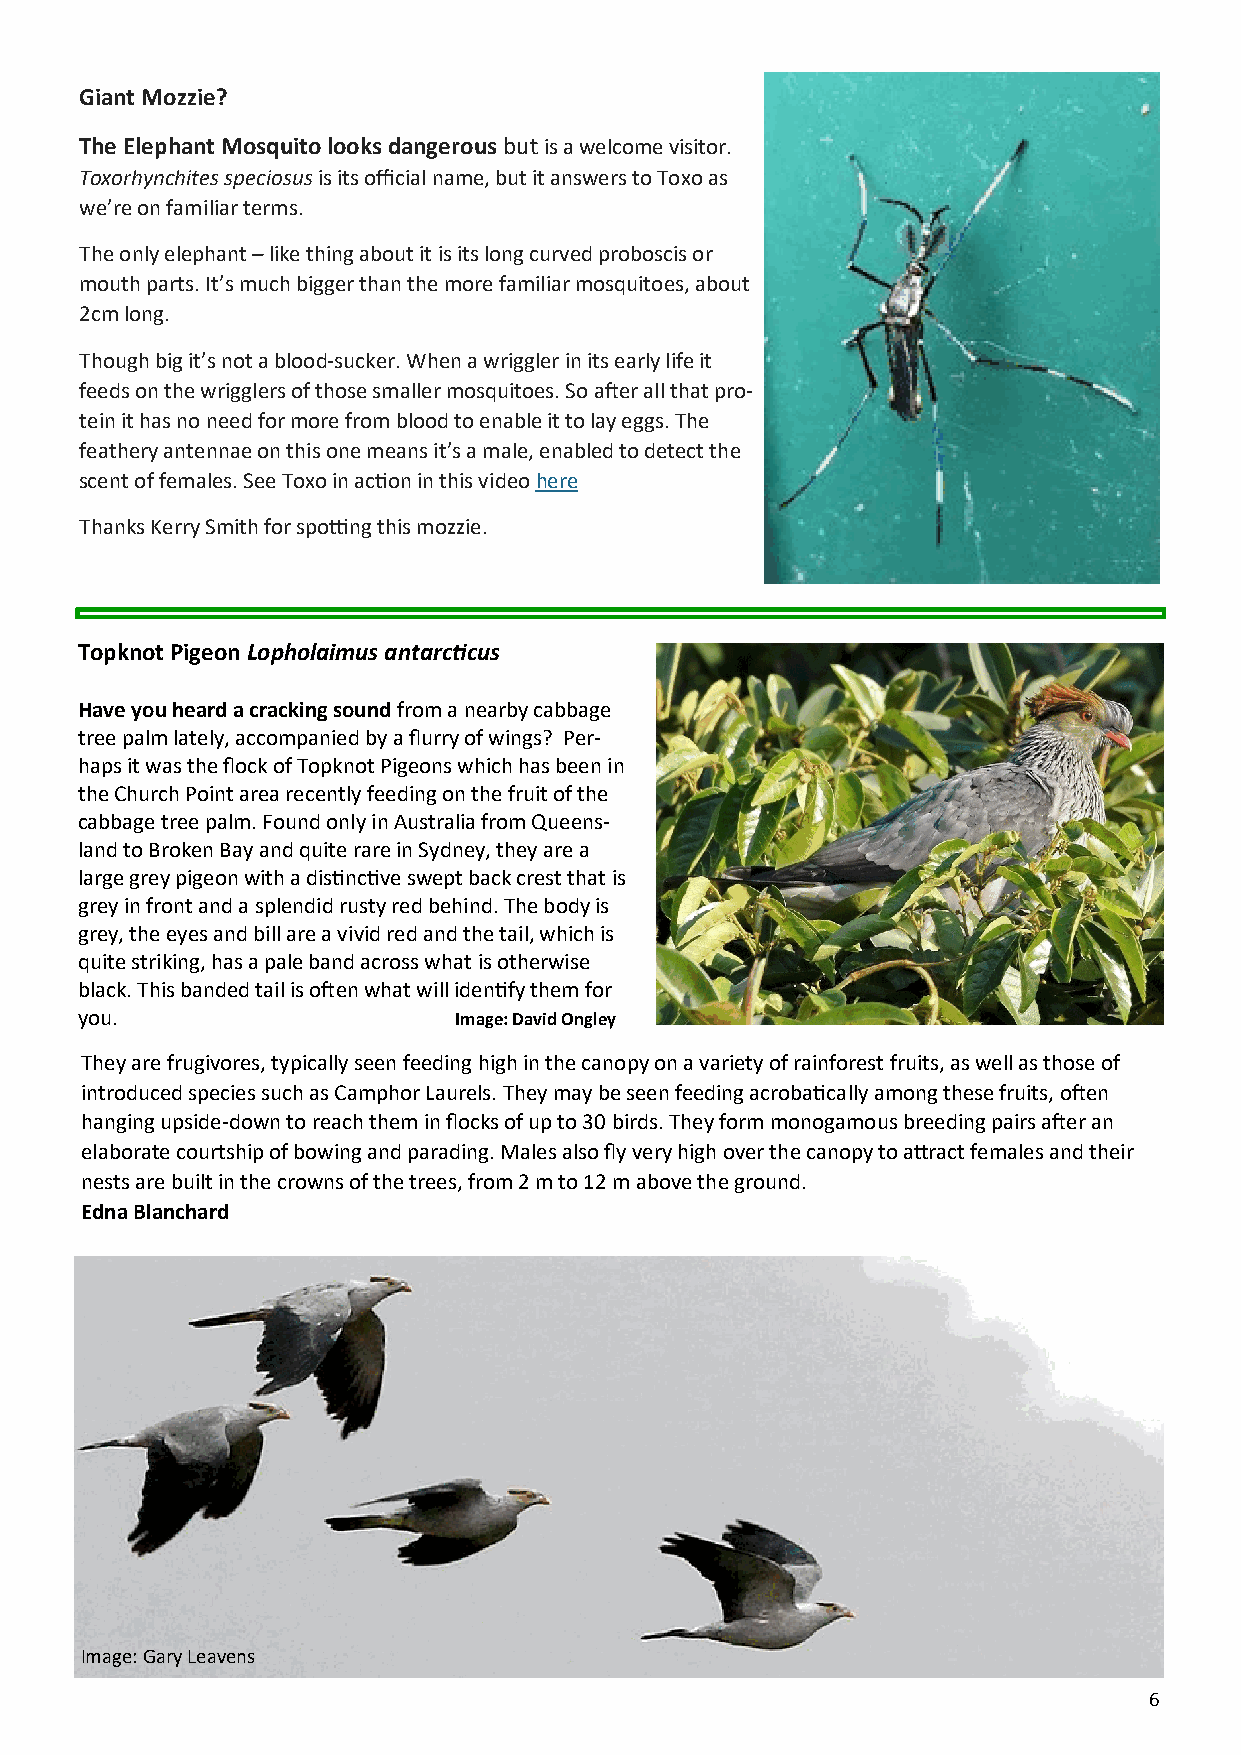
Giant Mozzie?
 The Elephant Mosquito looks dangerous but is a welcome visitor.
 Toxorhynchites speciosus is its official name, but it answers to Toxo as
 we’re on familiar terms.
 The only elephant – like thing about it is its long curved proboscis or
 mouth parts. It’s much bigger than the more familiar mosquitoes, about
 2cm long.
 Though big it’s not a blood-sucker. When a wriggler in its early life it
 feeds on the wrigglers of those smaller mosquitoes. So after all that pro-
 tein it has no need for more from blood to enable it to lay eggs. The
 feathery antennae on this one means it’s a male, enabled to detect the
 scent of females. See Toxo in action in this video here
 Thanks Kerry Smith for spotting this mozzie.
 Topknot Pigeon Lopholaimus antarcticus
 Have you heard a cracking sound from a nearby cabbage
 tree palm lately, accompanied by a flurry of wings? Per-
 haps it was the flock of Topknot Pigeons which has been in
 the Church Point area recently feeding on the fruit of the
 cabbage tree palm. Found only in Australia from Queens-
 land to Broken Bay and quite rare in Sydney, they are a
 large grey pigeon with a distinctive swept back crest that is
 grey in front and a splendid rusty red behind. The body is
 grey, the eyes and bill are a vivid red and the tail, which is
 quite striking, has a pale band across what is otherwise
 black. This banded tail is often what will identify them for
 you.                     Image: David Ongley
 They are frugivores, typically seen feeding high in the canopy on a variety of rainforest fruits, as well as those of
 introduced species such as Camphor Laurels. They may be seen feeding acrobatically among these fruits, often
 hanging upside-down to reach them in flocks of up to 30 birds. They form monogamous breeding pairs after an
 elaborate courtship of bowing and parading. Males also fly very high over the canopy to attract females and their
 nests are built in the crowns of the trees, from 2 m to 12 m above the ground.
 Edna Blanchard
 Image: Gary Leavens
 6